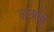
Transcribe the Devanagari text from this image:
माम्बो